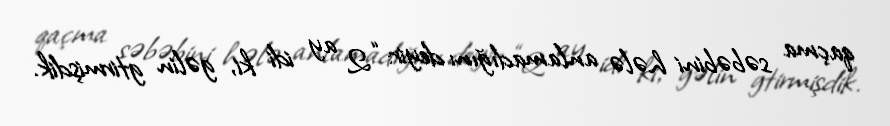
qaçma səbəbini hələ anlamadığını deyir: “2 ay idi ki, gəlin gtirmişdik.